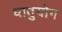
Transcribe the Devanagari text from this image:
धातुयोग